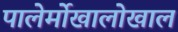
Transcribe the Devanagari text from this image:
पालेर्मोखालोखाल